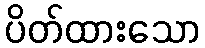
ပိတ်ထားသော